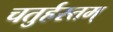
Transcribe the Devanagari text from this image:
चतुर्हस्तम्